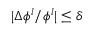
| \Delta \phi ^ { l } / \phi ^ { l } | \leq \delta